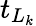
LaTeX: t_{L_{k}}